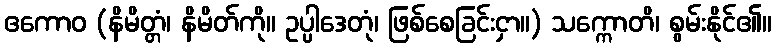
ဧကောဝ (နိမိတ္တံ၊ နိမိတ်ကို။ ဥပ္ပါဒေတုံ၊ ဖြစ်စေခြင်းငှာ။) သက္ကောတိ၊ စွမ်းနိုင်၏။